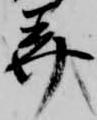
美